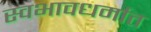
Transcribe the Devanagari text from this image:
स्वभावधर्मात